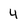
Character: 4